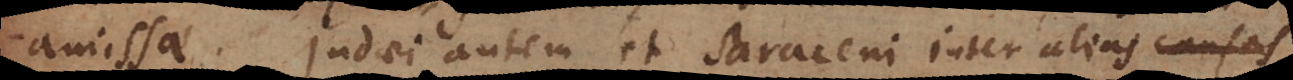
amissae. Judaei autem et Saraceni inter alias